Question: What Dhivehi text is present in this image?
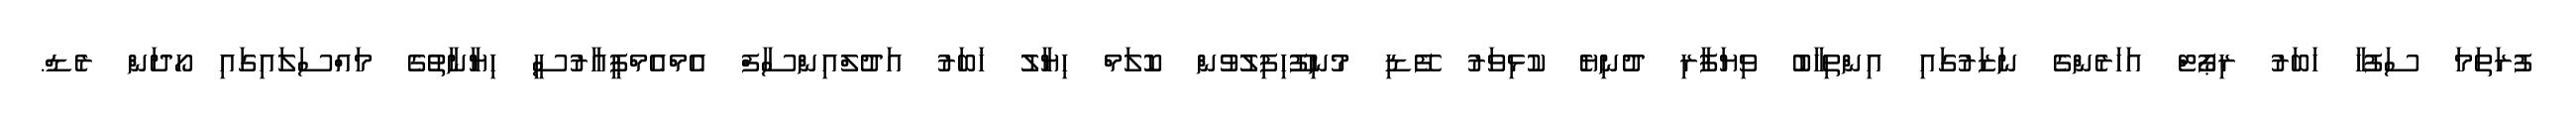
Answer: ފުރަތަމަ ސަފުހާ ހަބަރު ރިޕޯޓް އަހަރެންގެ ނަޒަރުގައި އިންތިހާބު ވިޔަފާރި ދުނިޔެ ކުޅިވަރު ފޭޑި މުނިފޫހިފިލުވުން ކޮލަމް ހިޔާލު ޚަބަރު އަދުލްއިންސާފް އެމްއެމްޕީއާރުސީ ހިޔާނާތުގެ މައްސަލައިގައި ހޯދަން ރެޑް.